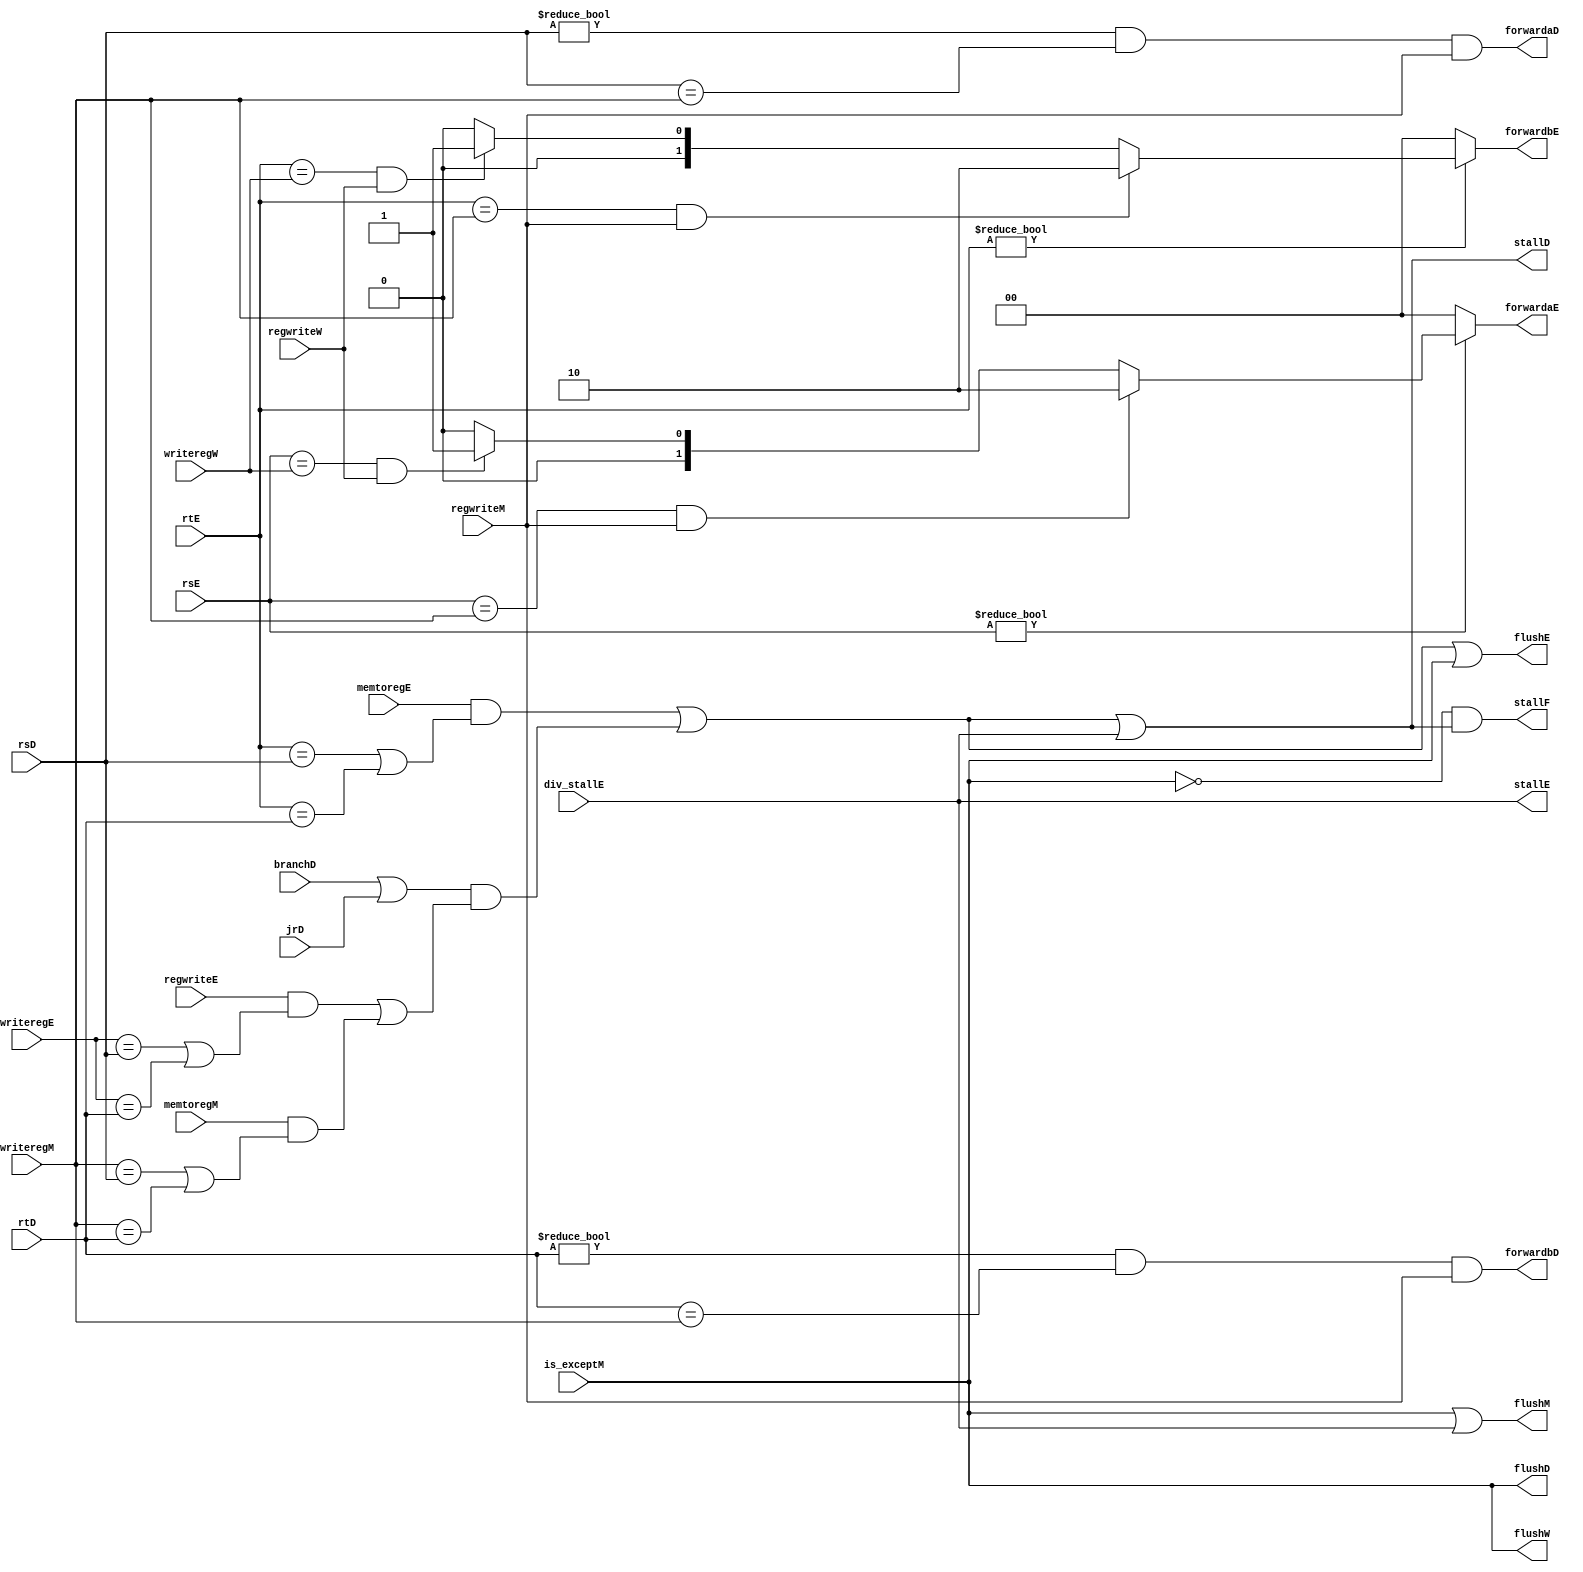
`timescale 1ns / 1ps

module hazard(
    // Fetch stage
    output wire stallF,

    // Decode stage
    input wire[4:0] rsD, rtD,
    input wire branchD,
    input wire jrD,
    output wire forwardaD, forwardbD,
    output wire stallD,

    // Execute stage
    input wire[4:0] rsE, rtE,
    input wire[4:0] writeregE,
    input wire regwriteE,
    input wire memtoregE,
    input wire div_stallE,
    output reg[1:0] forwardaE, forwardbE,
    output wire flushD,
    output wire flushE,
    output wire flushM,
    output wire flushW,
    output wire stallE,

    // Memory stage
    input wire[4:0] writeregM,
    input wire regwriteM,
    input wire memtoregM,
    input wire is_exceptM,

    // Write-back stage
    input wire[4:0] writeregW,
    input wire regwriteW
);

wire lwstallD, branchstallD;

// Forwarding sources to D stage (branch equality)
assign forwardaD = (rsD != 0 & rsD == writeregM & regwriteM);
assign forwardbD = (rtD != 0 & rtD == writeregM & regwriteM);

// Forwarding sources to E stage (ALU)
always @(*) begin
    forwardaE = 2'b00;
    forwardbE = 2'b00;
    if (rsE != 0) begin
        if (rsE == writeregM & regwriteM) begin
            forwardaE = 2'b10;
        end else if (rsE == writeregW & regwriteW) begin
            forwardaE = 2'b01;
        end
    end
    if (rtE != 0) begin
        if (rtE == writeregM & regwriteM) begin
            forwardbE = 2'b10;
        end else if (rtE == writeregW & regwriteW) begin
            forwardbE = 2'b01;
        end
    end
end

// Stalls
assign lwstallD = memtoregE & (rtE == rsD | rtE == rtD);
assign branchstallD = (branchD | jrD) &
    (regwriteE & (writeregE == rsD | writeregE == rtD) |
    memtoregM & (writeregM == rsD | writeregM == rtD));
assign stallD = lwstallD | branchstallD | div_stallE;
assign stallF = (~is_exceptM & stallD);

assign stallE = div_stallE;

assign flushD = is_exceptM;
assign flushE = lwstallD | branchstallD | is_exceptM;
assign flushM = is_exceptM | div_stallE;
assign flushW = is_exceptM;

endmodule